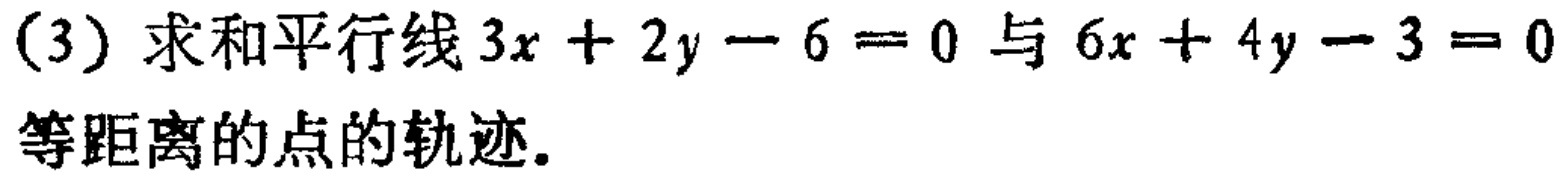
(3) 求和平行线\(3x + 2y - 6 = 0\)与\(6x + 4y - 3 = 0\)等距离的点的轨迹.